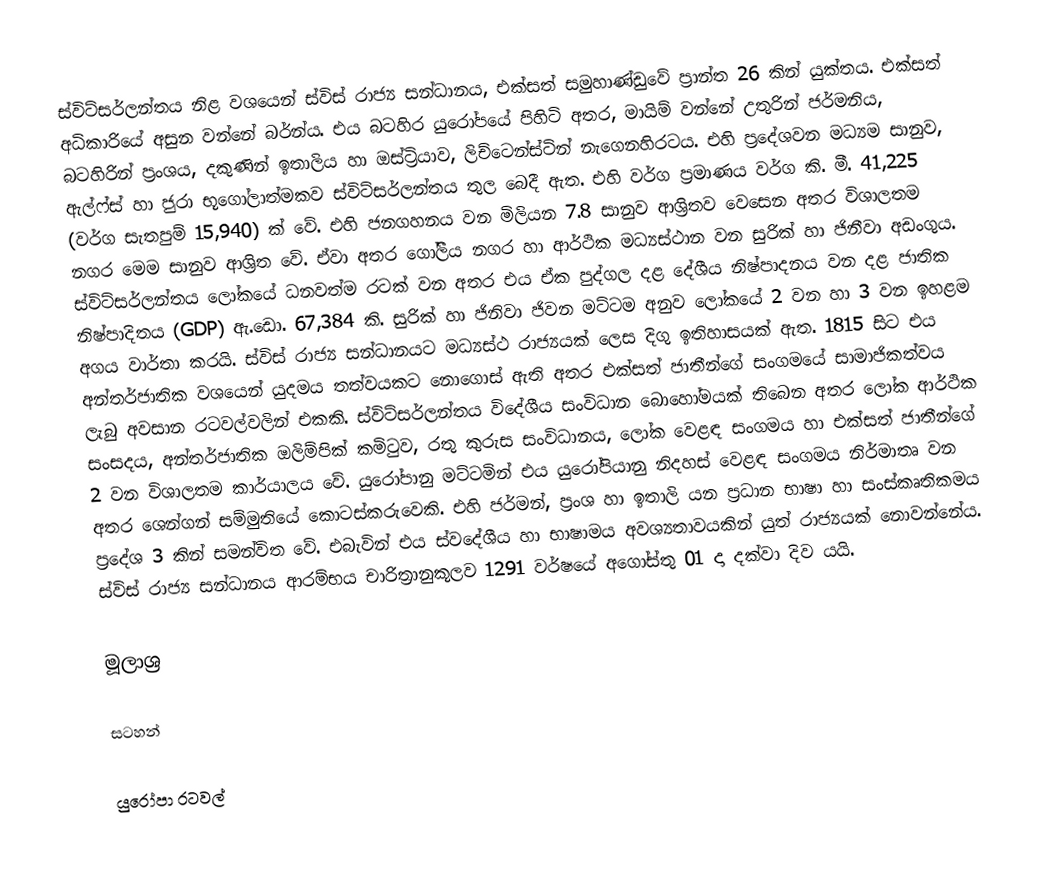
ස්විට්සර්ලන්තය නිළ වශයෙන් ස්විස් රාජ්‍ය සන්ධානය, එක්සත් සමුහාණ්ඩුවේ ප්‍රාන්ත 26 කින් යුක්තය. එක්සත් අධිකාරියේ අසුන වන්නේ බර්න්ය. එය බටහිර යුරෝපයේ පිහිටි අතර, මායිම් වන්නේ උතුරින් ජර්මනිය, බටහිරින් ප්‍රංශය, දකුණින් ඉතාලිය හා ඔස්ට්‍රියාව, ලිච්ටෙන්ස්ටින් නැගෙනහිරටය. එහි ප්‍රදේශවන මධ්‍යම සානුව, ඇල්ෆ්ස් හා ජුරා භූගෝලාත්මකව ස්විට්සර්ලන්තය තුල බෙදී ඇත. එහි වර්ග ප්‍රමාණය වර්ග කි. මී. 41,225 (වර්ග සැතපුම් 15,940) ක් වේ. එහි ජනගහනය වන මිලියන 7.8 සානුව ආශ්‍රිතව වෙසෙන අතර විශාලතම නගර මෙම සානුව ආශ්‍රිත වේ. ඒවා අතර ගෝලීය නගර හා ආර්ථික මධ්‍යස්ථාන වන සුරික් හා ජිනීවා අඩංගුය. ස්විට්සර්ලන්තය ලෝකයේ ධනවත්ම රටක් වන අතර එය ඒක පුද්ගල දළ දේශීය නිෂ්පාදනය වන දළ ජාතික නිෂ්පාදිතය (GDP) ඇ.ඩො. 67,384 කි. සුරික් හා ජිනිවා ජිවන මට්ටම අනුව ලෝකයේ 2 වන හා 3 වන ඉහළම අගය වාර්තා කරයි. ස්විස් රාජ්‍ය සන්ධානයට මධ්‍යස්ථ රාජ්‍යයක් ලෙස දිගු ඉතිහාසයක් ඇත. 1815 සිට එය අන්තර්ජාතික වශයෙන් යුදමය තත්වයකට නොගොස් ඇති අතර එක්සත් ජාතීන්ගේ සංගමයේ සාමාජිකත්වය ලැබු අවසාන රටවල්වලින් එකකි. ස්විට්සර්ලන්තය විදේශීය සංවිධාන බොහෝමයක් තිබෙන අතර ලෝක ආර්ථික සංසදය, අන්තර්ජාතික ඔලිම්පික් කමිටුව, රතු කුරුස සංවිධානය, ලෝක වෙළඳ සංගමය හා එක්සත් ජාතීන්ගේ 2 වන විශාලතම කාර්යාලය වේ. යුරෝපානු මට්ටමින් එය යුරෝපියානු නිදහස් වෙළඳ සංගමය නිර්මාතෘ වන අතර ශෙන්ගන් සම්මුතියේ කොටස්කරුවෙකි. එහි ජර්මන්, ප්‍රංශ හා ඉතාලි යන ප්‍රධාන භාෂා හා සංස්කෘතිකමය ප්‍රදේශ 3 කින් සමන්විත වේ. එබැවින් එය ස්වදේශීය හා භාෂාමය අවශ්‍යතාවයකින් යුත් රාජ්‍යයක් නොවන්නේය. ස්විස් රාජ්‍ය සන්ධානය ආරම්භය චාරිත්‍රානුකූලව 1291 වර්ෂයේ අගෝස්තු 01 දා දක්වා දිව යයි.

මූලාශ්‍ර

සටහන්

යුරෝපා රටවල්